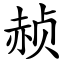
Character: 赪